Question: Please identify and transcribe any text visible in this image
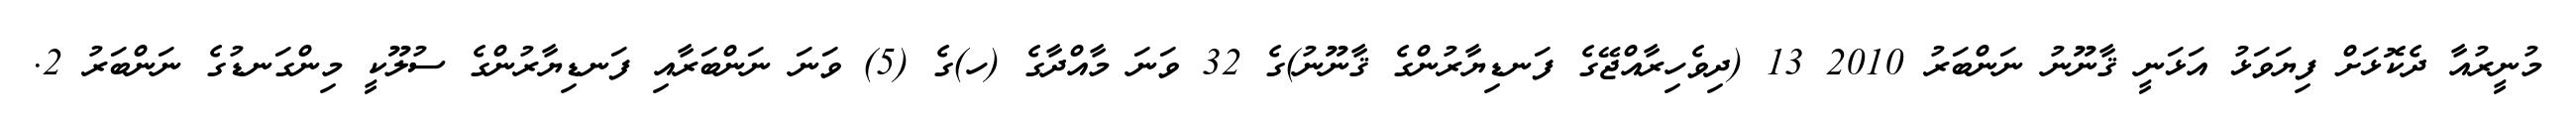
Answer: މުނީރުއާ ދެކޮޅަށް ފިޔަވަޅު އަޅަނީ ޤާނޫނު ނަންބަރު 2010 13 (ދިވެހިރާއްޖޭގެ ފަނޑިޔާރުންގެ ޤާނޫނު)ގެ 32 ވަނަ މާއްދާގެ (ހ)ގެ (5) ވަނަ ނަންބަރާއި ފަނޑިޔާރުންގެ ސުލޫކީ މިންގަނޑުގެ ނަންބަރު 2.